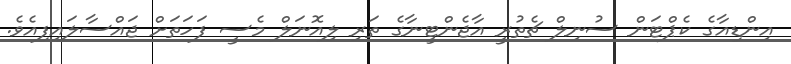
އިންޑިއާގެ ކެޕްޓަން ސުނިލް ޗެތުރީ އާޖެންޓީނާގެ ތަރި ލިއޮނަލް މެސީ ފަހަތަށް ޖައްސާލައިފިއެވެ.